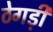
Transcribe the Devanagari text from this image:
ठेगड़ी